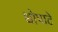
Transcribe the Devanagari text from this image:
धोपाटे